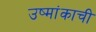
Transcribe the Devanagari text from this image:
उष्मांकाची